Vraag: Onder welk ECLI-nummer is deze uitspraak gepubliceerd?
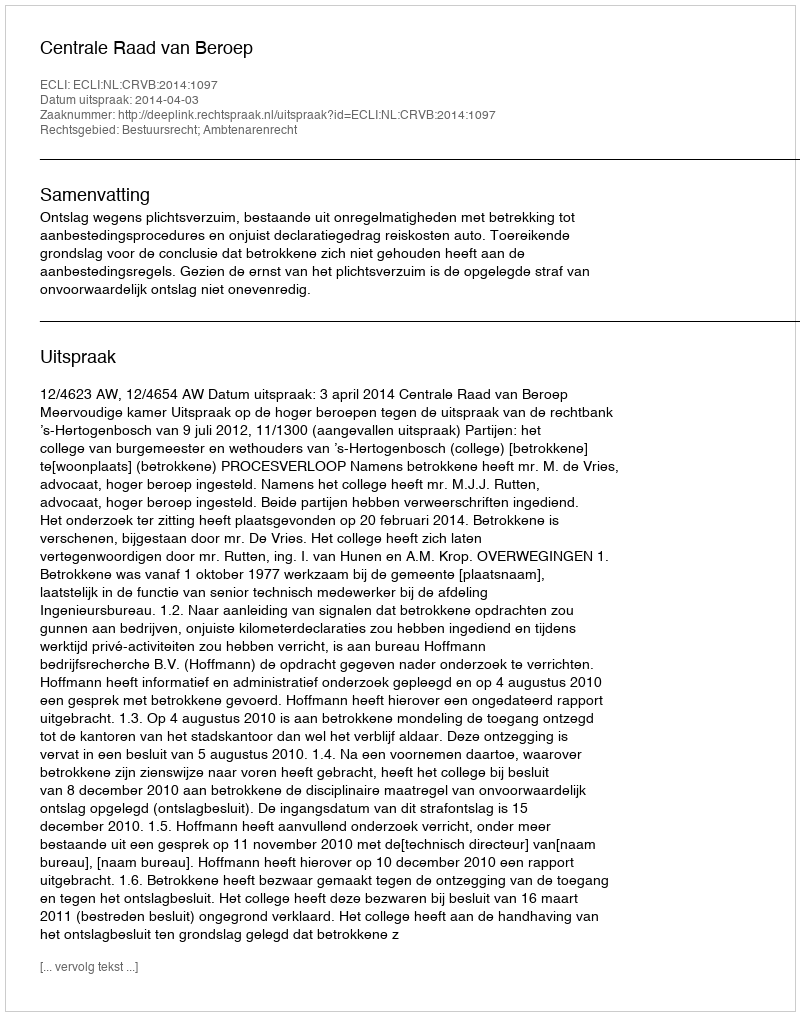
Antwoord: ECLI:NL:CRVB:2014:1097